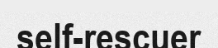
self-rescuer